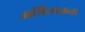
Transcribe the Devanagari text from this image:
अभिव्यक्तता